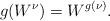
LaTeX: \begin{align*}g(W^\nu) = W^{g(\nu)}.\end{align*}